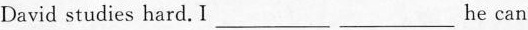
David studies hard. I ___ ___ he can